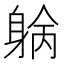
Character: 𨉓